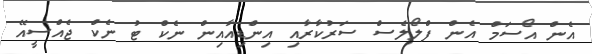
އެން އޯސަމް އެން ފްލޯލެސް ސަރުކާރާއި އިންޑިއާއިން ނެކް ޓު ނެކް ޖެއްސީއޭ